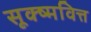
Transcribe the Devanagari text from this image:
सूक्ष्मवित्त